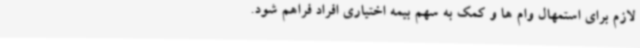
لازم برای استمهال وام ها و کمک به سهم بیمه اختیاری افراد فراهم شود.